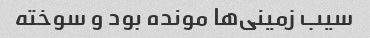
سیب زمینی‌ها مونده بود و سوخته